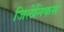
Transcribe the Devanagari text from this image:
जिलेनिकस